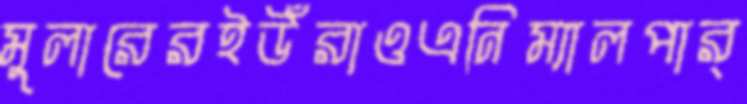
মুলারেরইউঁরাওএনিম্যালপার্